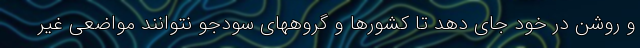
و روشن در خود جای دهد تا کشورها و گروههای سودجو نتوانند مواضعی غیر